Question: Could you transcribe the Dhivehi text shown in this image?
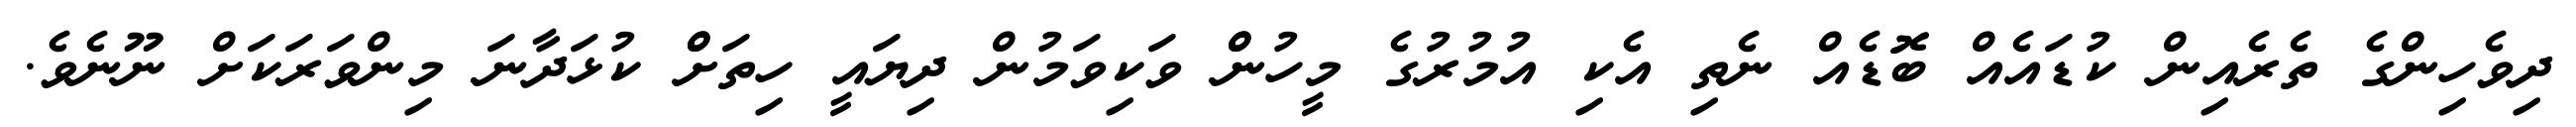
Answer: ދިވެހިންގެ ތެރެއިން ކުޑައެއް ބޮޮޑެއް ނެތި އެކި އުމުރުގެ މީހުންް ވަކިވަމުން ދިޔައީ ހިތަށްް ކުޅަދާނަ މިންވަރަކަށް ނޫނެވެ.